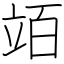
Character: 竡